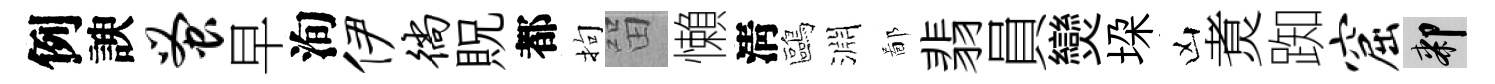
例諛蚤早洵伊徜貺都拘㽞懶淸鷗淵鄙翡員𤓖垜凶煑踟窟膝